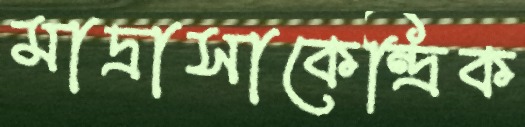
মাদ্রাসাকেন্দ্রিক